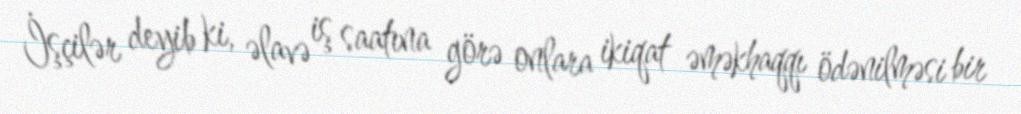
İşçilər deyib ki, əlavə iş saatına görə onlara ikiqat əməkhaqqı ödənilməsi bir